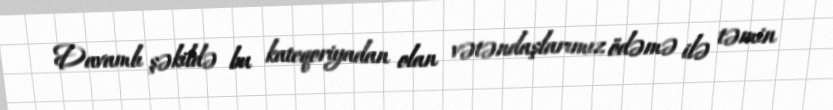
Davamlı şəkildə bu kateqoriyadan olan vətəndaşlarımız ödəmə ilə təmin